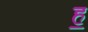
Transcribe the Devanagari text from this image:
ह॒